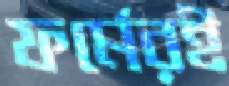
ফর্মেরই